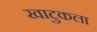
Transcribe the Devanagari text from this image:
खाटुकला